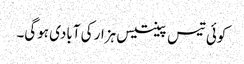
کوئی تیس پینتیس ہزار کی آبادی ہوگی۔